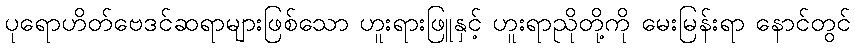
ပုရောဟိတ်ဗေဒင်ဆရာများဖြစ်သော ဟူးရားဖြူနှင့် ဟူးရာညိုတို့ကို မေးမြန်းရာ နောင်တွင်